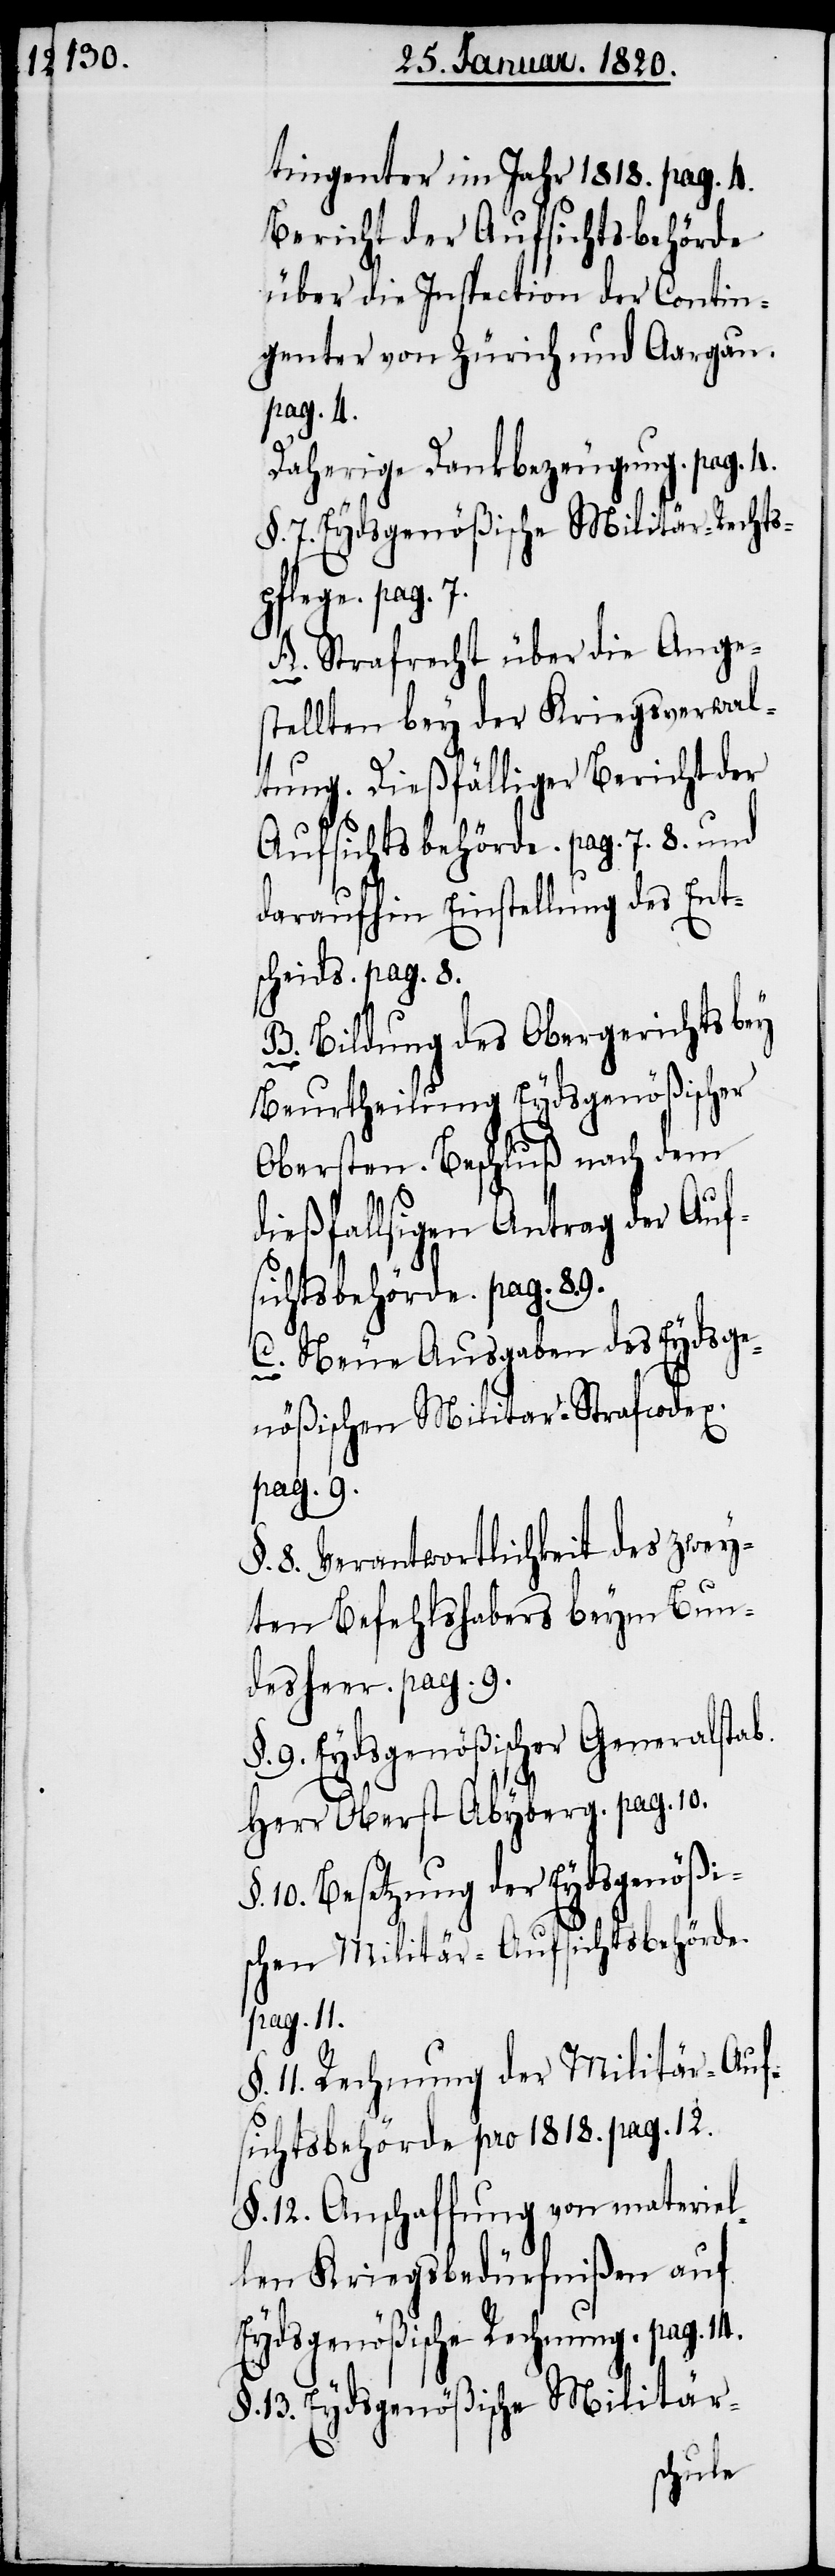
tingenter im Jahr 1818. pag. 4.
Bericht der Aufsichtsbehörde
über die Inspection der Contin¬
genter von Zürich und Aargau.
pag. 4.
Daherige Dankbezeugung. pag. 4.
§. 7. Eydsgenößische Militär-Rechts¬
pflege. pag. 7.
A. Strafrecht über die Ange¬
stellten bey der Kriegsverwal¬
tung. Dießfälliger Bericht der
Aufsichtsbehörde. pag. 7. 8. und
daraufhin Einstellung des Ent¬
scheids. pag. 8.
B. Bildung des Obergerichts bey
Beurtheilung Eydsgenößischer
Obersten. Beschluß nach dem
dießfallsigen Antrag der Auf¬
sichtsbehörde. pag. 89.
C. Neue Ausgaben des
nößischen Militar-Strafcodex.
pag. 9.
§. 8. Verantwortlichkeit des zwey¬
ten Befehlshabers beym Bun¬
desheer. pag. 9.
9. Eydsgenößischer Generalstab.
Herr Oberst Abyberg. pag. 10.
10. Besetzung der Eydsgenößi¬
schen Militär-Aufsichtsbehörde.
pag. 14.
11. Rechnung der Militär-Auf¬
sichtsbehörde pro 1818. pag. 12.
§. 12. Anschaffung von materiel¬
len Kriegsbedürfnißen auf
Eydsgenößische Rechnung.
§. 13. Eydsgenößische Militär-
Eydsge¬